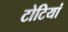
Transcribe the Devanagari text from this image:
टोटियां